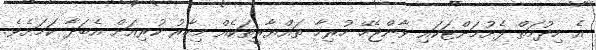
އެ ހިދުމަތް ފެށުމަށްޓަކައި ވާންޖެހޭ ހުރިހާ ތައްޔާރީތަކެއް މިހާރު ކުރިއަށް އެބަދާ ކަމަށެވެ.